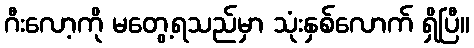
ဂီးလော့ကို မတွေ့ရသည်မှာ သုံးနှစ်လောက် ရှိပြီ။